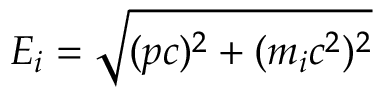
E _ { i } = \sqrt { ( p c ) ^ { 2 } + ( m _ { i } c ^ { 2 } ) ^ { 2 } }